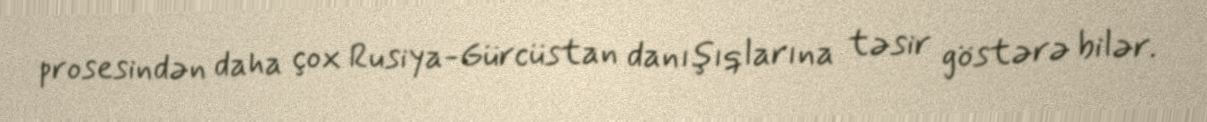
prosesindən daha çox Rusiya-Gürcüstan danışıqlarına təsir göstərə bilər.